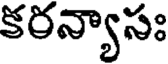
కరన్యాసః